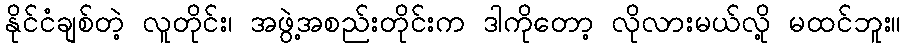
နိုင်ငံချစ်တဲ့ လူတိုင်း၊ အဖွဲ့အစည်းတိုင်းက ဒါကိုတော့ လိုလားမယ်လို့ မထင်ဘူး။